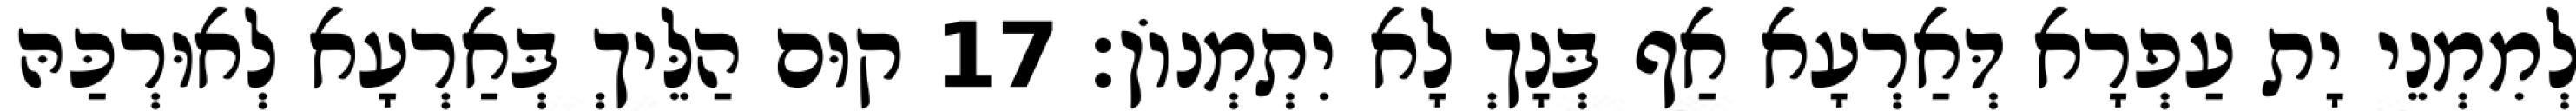
לְמִמְנֵי יָת עַפְרָא דְּאַרְעָא אַף בְּנָךְ לָא יִתְמְנוֹן׃ 17 קוּם הַלֵּיךְ בְּאַרְעָא לְאוּרְכַּהּ